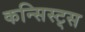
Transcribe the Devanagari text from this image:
कन्सिस्ट्स